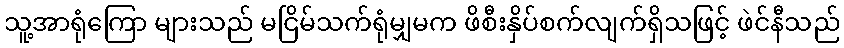
သူ့အာရုံကြော များသည် မငြိမ်သက်ရုံမျှမက ဖိစီးနှိပ်စက်လျက်ရှိသဖြင့် ဖဲင်နီသည်